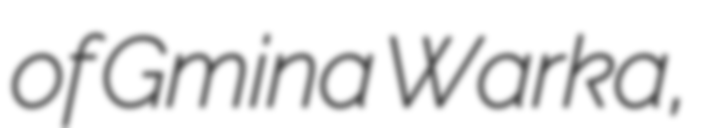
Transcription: of Gmina Warka,